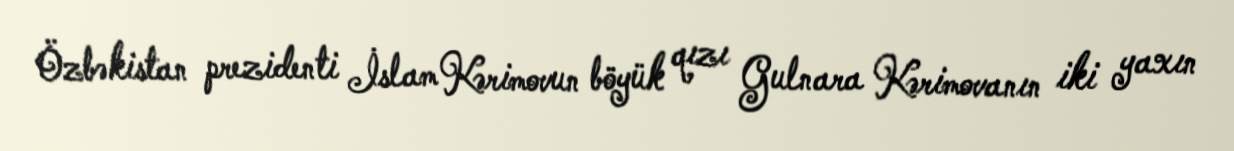
Özbəkistan prezidenti İslam Kərimovun böyük qızı Gulnara Kərimovanın iki yaxın